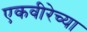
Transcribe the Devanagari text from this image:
एकवीरेच्या